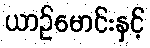
ယာဉ်မောင်းနှင့်